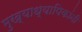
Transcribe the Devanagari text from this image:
मुख्याध्यापिकांनी